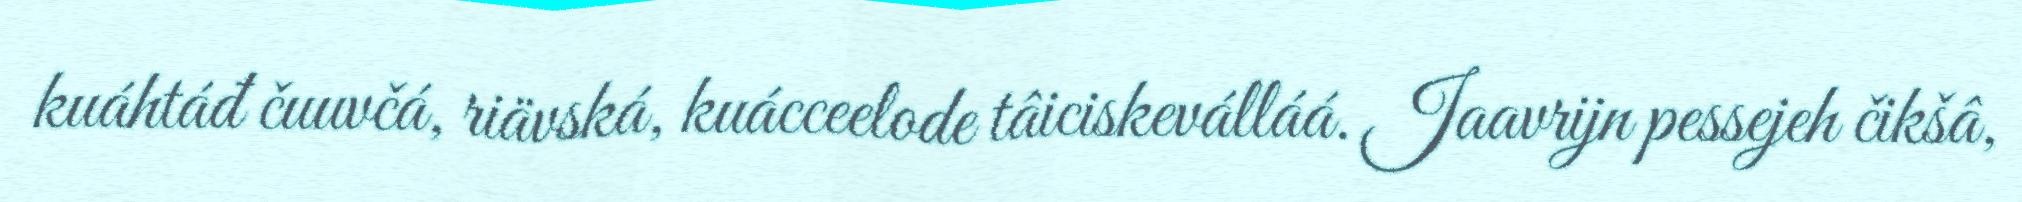
kuáhtáđ čuuvčá, riävská, kuácceelode tâiciskeválláá. Jaavrijn pessejeh čikšâ,